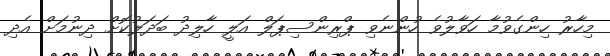
މިހާރު ހިންގެވުމާ ހަވާލުވެ ހުންނެވި ޕްރިންސިޕަލް އަލީ ހާލިދު ބަދަލުކޮށް ދިނުމަށް އެދި